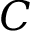
C